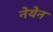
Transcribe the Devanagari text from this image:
नेयेन